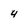
Character: 4